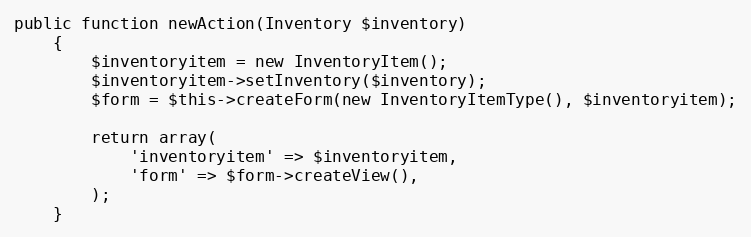
Language: PHP
public function newAction(Inventory $inventory)
    {
        $inventoryitem = new InventoryItem();
        $inventoryitem->setInventory($inventory);
        $form = $this->createForm(new InventoryItemType(), $inventoryitem);

        return array(
            'inventoryitem' => $inventoryitem,
            'form' => $form->createView(),
        );
    }